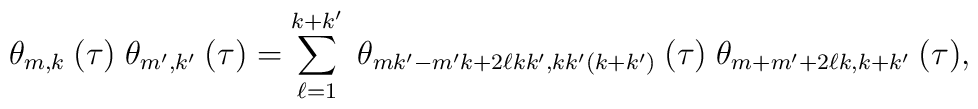
\theta_{m,k}\:(\tau)\;\theta_{m',k'}\:(\tau)=\sum_{\ell=1}^{k+k'}\;\theta_{mk'-m'k+2\ell kk',kk'(k+k')}\:(\tau)\;\theta_{m+m'+2\ell k,k+k'}\:(\tau),